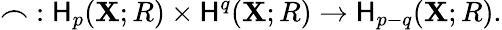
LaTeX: \frown\; :\mathsf{H}_{p}(\mathbf{X};R)\times\mathsf{H}^{q}(\mathbf{X};R)\rightarrow\mathsf{H}_{p-q}(\mathbf{X};R).